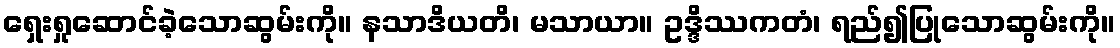
ရှေးရှုဆောင်ခဲ့သောဆွမ်းကို။ နသာဒိယတိ၊ မသာယာ။ ဥဒ္ဒိဿကတံ၊ ရည်၍ပြုသောဆွမ်းကို။